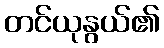
တင်ယုနွယ်၏